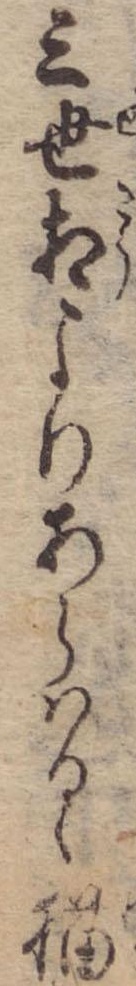
三世相よりあらはるゝ猫